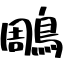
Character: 鵰